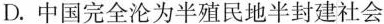
D.中国完全沦为半殖民地半封建社会